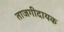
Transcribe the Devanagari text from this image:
ताजगीदायक